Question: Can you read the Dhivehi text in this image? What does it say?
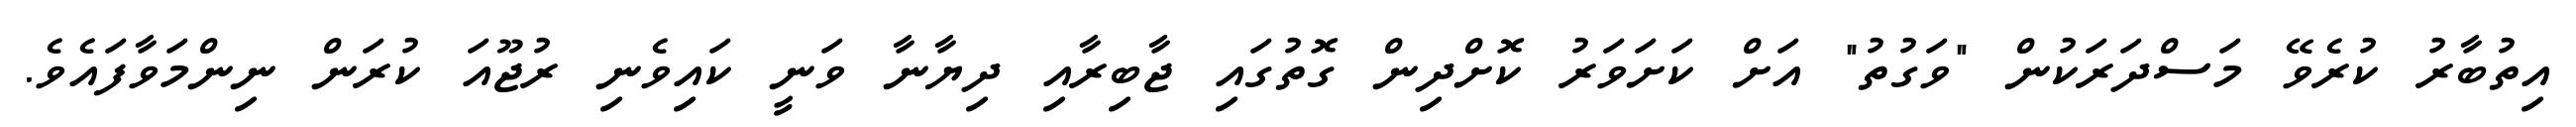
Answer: އިތުބާރު ކުރެވޭ މަސްދަރަކުން "ވަގުތު" އަށް ކަށަވަރު ކޮށްދިން ގޮތުގައި ޖާބިރާއި ދިޔާނާ ވަނީ ކައިވެނި ރުޖޫއަ ކުރަން ނިންމަވާފައެވެ.